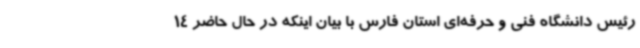
رئیس دانشگاه فنی و حرفه‌ای استان فارس با بیان اینکه در حال حاضر 14